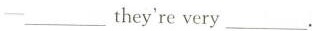
--___they re very___.